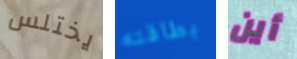
يختلس بطاقته أين